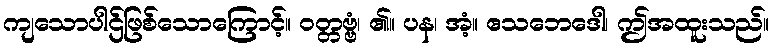
ကျသောပါဌ်ဖြစ်သောကြောင့်။ ဝတ္တဗ္ဗံ၊ ၏။ ပန၊ အံ့။ ဧသဘေဒေါ၊ ဤအထူးသည်။